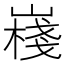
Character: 嶘